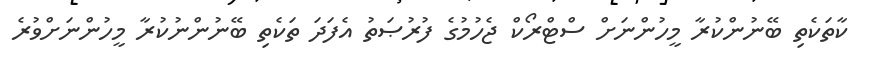
ކާތަކެތި ބޭނުންކުރާ މީހުންނަށް ސްޓްރޯކް ޖެހުމުގެ ފުރުޞަތު އެފަދަ ތަކެތި ބޭނުންނުކުރާ މީހުންނަށްވުރެ